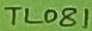
Text: TL081